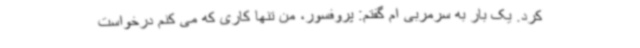
کرد. یک بار به سرمربی ام گفتم: پروفسور، من تنها کاری که می کنم درخواست